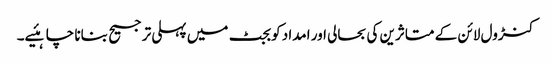
کنڑول لائن کے متاثرین کی بحالی اور امداد کو بجٹ میں پہلی ترجیح بنانا چاہئیے۔